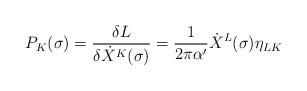
LaTeX: \begin{align*}P_{K}(\sigma)=\frac{\delta L} {\delta \dot X^{K}(\sigma)}= \frac{1}{2\pi\alpha'} \dot X^{L}(\sigma)\eta_{LK}\end{align*}